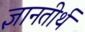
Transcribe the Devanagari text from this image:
ज्ञानतीर्थ